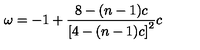
\omega = - 1 + \frac { 8 - ( n - 1 ) c } { \left[ 4 - ( n - 1 ) c \right] ^ { 2 } } c